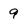
Character: 9